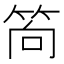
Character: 𥭈